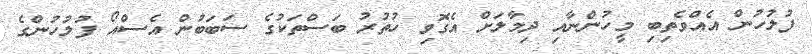
ފުލުހުން އެއްވެތިބި މީހުންނާއި ދިމާލަށް އެގޮވި ހުތުރު ބަސްތަކުގެ ސަބަބުން އެސްއޯ ފުލުހުންގެ